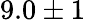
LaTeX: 9.0\pm 1